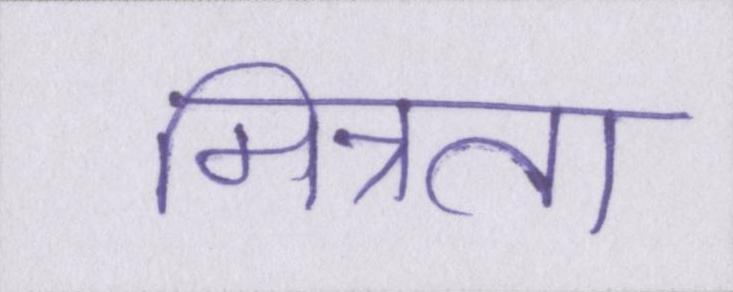
मित्रता